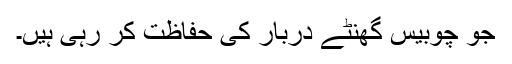
جو چوبیس گھنٹے دربار کی حفاظت کر رہی ہیں۔